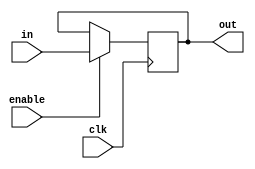
module D_FF_two_bits(in,out,clk,enable);

input clk;
input enable;
input[1:0] in;
output[1:0] out;
reg[1:0] out;

initial begin
	out<=2'b0;
end

always@(posedge clk) begin
	if(enable==1'b1) begin
		out<=in;
	end

end

endmodule